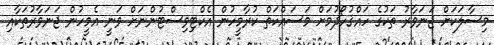
މިސާލަކަށް ޖަނަވާރު ތަކުގެ ހައްޤުހޯދުމަށް މަސައްކަތް ކުރާމީހުން އެކްޓިވިސްޓުންނަށް ވަނީ އެމީހުން ޖަނަވާރުތަކާއި